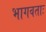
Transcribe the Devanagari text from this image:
भागवताः